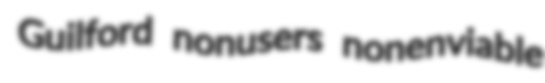
Guilford nonusers nonenviable